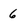
Character: 6